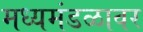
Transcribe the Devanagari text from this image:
मध्यमंडळावर